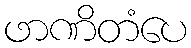
ဖာဏိတံပေ